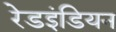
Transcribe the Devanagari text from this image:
रेडइंडियन